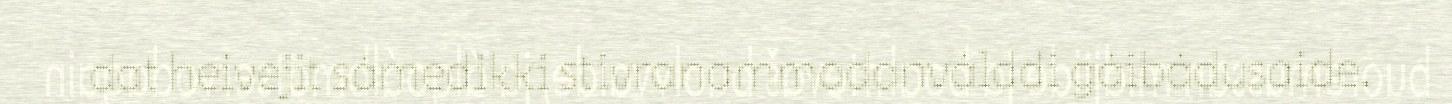
dat heivejit sámedikki stivranammadanválddi gáibádusaide.